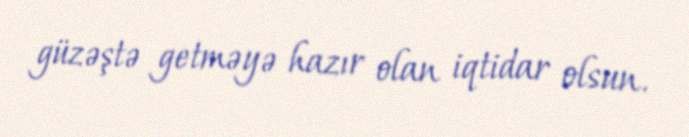
güzəştə getməyə hazır olan iqtidar olsun.